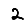
Digit: 2